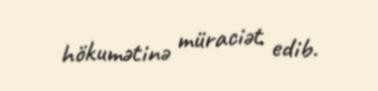
hökumətinə müraciət edib.